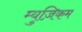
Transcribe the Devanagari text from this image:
म्युज़िकम